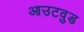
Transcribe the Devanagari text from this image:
आउटवुड